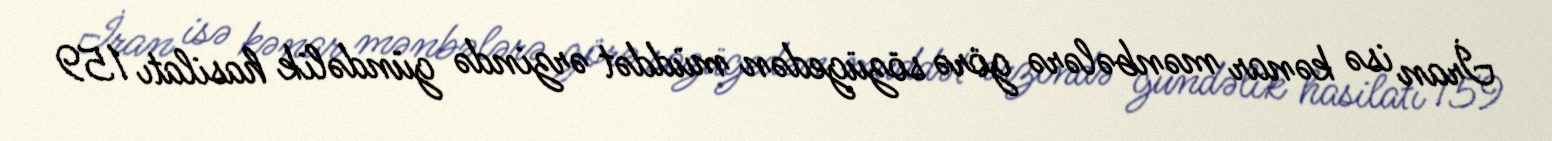
İran isə kənar mənbələrə görə sözügedən müddət ərzində gündəlik hasilatı 159